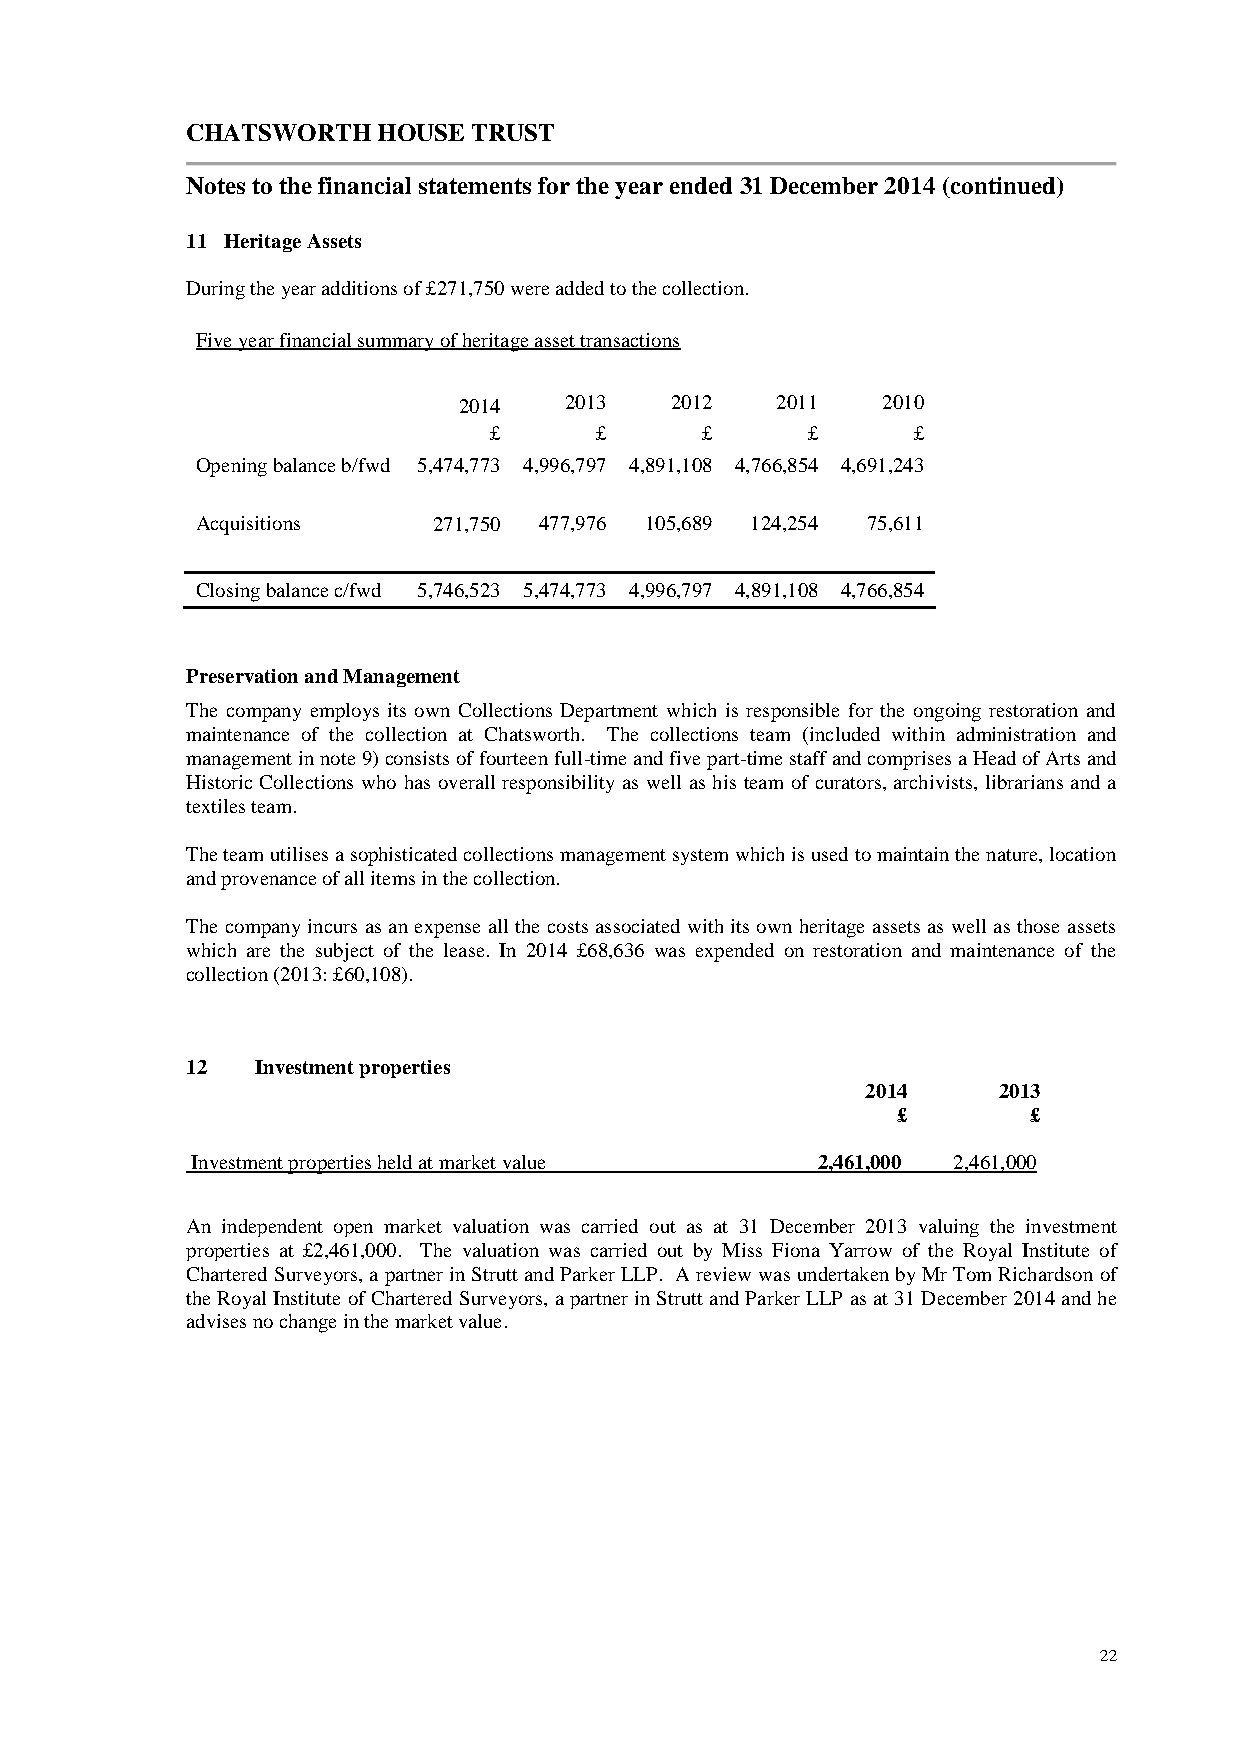
CHATSWORTH   HOUSE TRUST
 Notes to the financial statements for the year ended 31 December 2014 (continued)
 11 Heritage Assets
 During the year additions of £271,750 were added to the collection.
 Five year financial summary of heritage asset transactions
 2014   2013   2012   2011   2010
 £      £      £      £      £
 Opening balance b/fwd 5,474,773 4,996,797 4,891,108 4,766,854 4,691,243
 Acquisitions    271,750 477,976 105,689 124,254 75,611
 Closing balance c/fwd 5,746,523 5,474,773 4,996,797 4,891,108 4,766,854
 Preservation and Management
 The company employs its own Collections Department which is responsible for the ongoing restoration and
 maintenance of the collection at Chatsworth. The collections team (included within administration and
 management in note 9) consists of fourteen full-time and five part-time staff and comprises a Head of Arts and
 Historic Collections who has overall responsibility as well as his team of curators, archivists, librarians and a
 textiles team.
 The team utilises a sophisticated collections management system which is used to maintain the nature, location
 and provenance of all items in the collection.
 The company incurs as an expense all the costs associated with its own heritage assets as well as those assets
 which are the subject of the lease. In 2014 £68,636 was expended on restoration and maintenance of the
 collection (2013: £60,108).
 12   Investment properties
 2014     2013
 £        £
 Investment properties held at market value 2,461,000 2,461,000
 An independent open market valuation was carried out as at 31 December 2013 valuing the investment
 properties at £2,461,000. The valuation was carried out by Miss Fiona Yarrow of the Royal Institute of
 Chartered Surveyors, a partner in Strutt and Parker LLP. A review was undertaken by Mr Tom Richardson of
 the Royal Institute of Chartered Surveyors, a partner in Strutt and Parker LLP as at 31 December 2014 and he
 advises no change in the market value.
 22